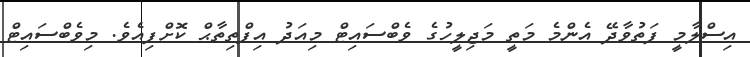
އިސްލާމީ ފަތުވާދޭ އެންމެ މަތީ މަޖިލީހުގެ ވެބްސައިޓް މިއަދު އިފްތިތާޙް ކޮށްފިއެވެ. މިވެބްސައިޓް